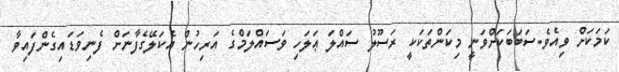
ކަމަކަށް ވިއެވެ.ސަބަބަކަށްވަނީ މިކަންތަކަކީ ރަސޫލު ސައްލަ ޢަލަހި ވަސައްލަމްގެ އަރިހުން އެކަލޭގެފާނަށް ފެނިވަޑައިގެންފައިވާ